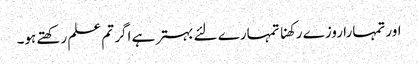
اور تمہارا روزے رکھنا تمہارے لئے بہتر ہے اگر تم علم رکھتے ہو۔